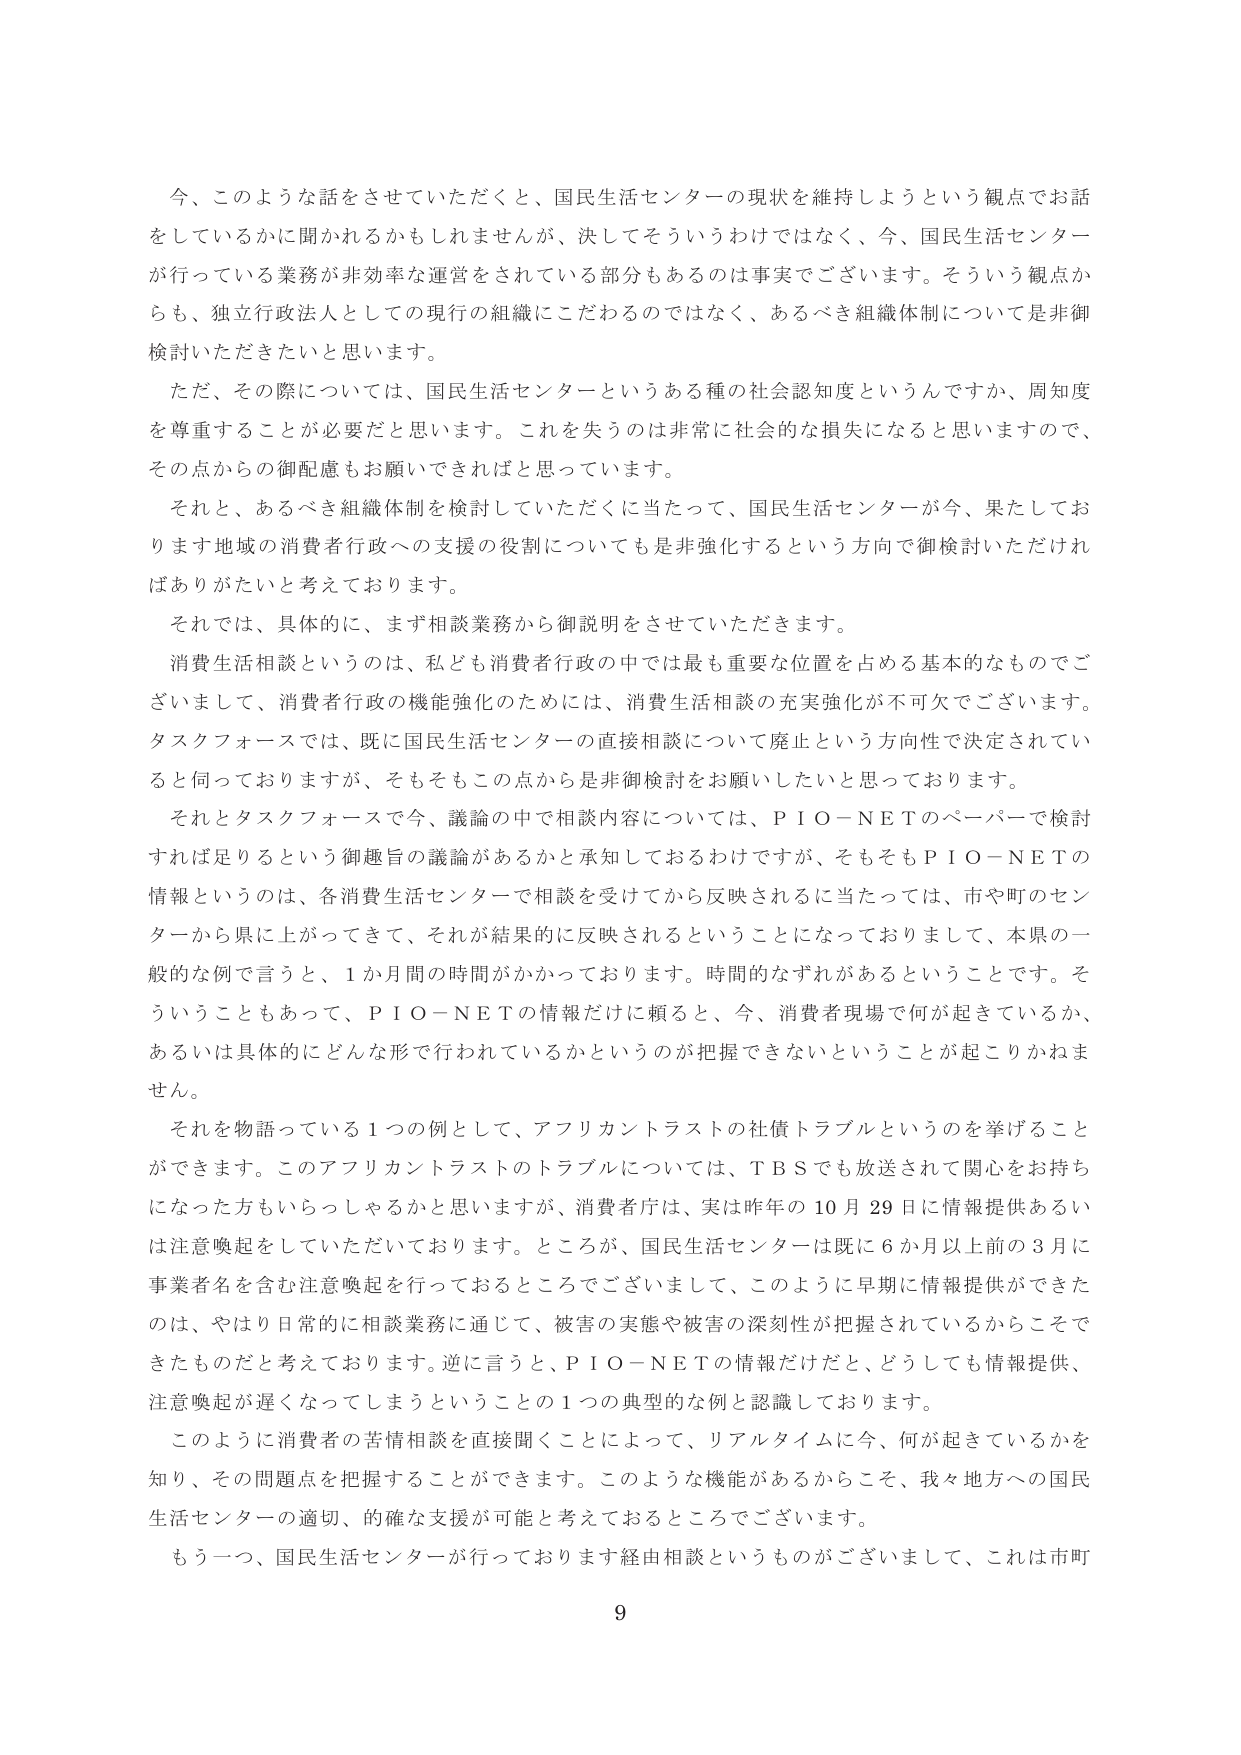
今、このような話をさせていただくと、国民生活センターの現状を維持しようという観点でお話
をしているかに聞かれるかもしれませんが、決してそういうわけではなく、今、国民生活センター
が行っている業務が非効率な運営をされている部分もあるのは事実でございます。そういう観点か
らも、独立行政法人としての現行の組織にこだわるのではなく、あるべき組織体制については是非御
検討いただきたいと思います。

ただ、その際については、国民生活センターというある種の社会認知度というんですか、周知度
を尊重することが必要だと思います。これを失うのは非常に社会的な損失になると思いますので、
その点からの御配慮もお願いできればと思っています。

それと、あるべき組織体制を検討していただくに当たって、国民生活センターが今、果たしてお
ります地域の消費者行政への支援の役割についても是非強化するという方向で御検討いただけれ
ばありがたいと考えております。

それでは、具体的に、まず相談業務から御説明をさせていただきます。

消費生活相談というのは、私ども消費者行政の中では最も重要な位置を占める基本的なものでご
ざいまして、消費者行政の機能強化のためには、消費生活相談の充実強化が不可欠でございます。
タスクフォースでは、既に国民生活センターの直接相談について廃止という方向性で決定されてい
ると伺っておりますが、そもそもこの点から是非御検討をお願いしたいと思っております。

それとタスクフォースで今、議論の中で相談内容については、ＰＩＯ－ＮＥＴのペーパーで検討
すれば足りるという御趣旨の議論があるかと承知しておるわけですが、そもそもＰＩＯ－ＮＥＴの
情報というのは、各消費生活センターで相談を受けてから反映されるに当たっては、市や町のセン
ターから県に上がってきて、それが結果的に反映されるということになっておりまして、本県の一
般的な例で言うと、１か月間の時間がかかっております。時間的なずれがあるということです。そ
ういうこともあって、ＰＩＯ－ＮＥＴの情報だけに頼ると、今、消費者現場で何が起きているか、
あるいは具体的にどんな形で行われているかというのが把握できないということが起こりかねま
せん。

それを物語っている１つの例として、アフリカントラストの社債トラブルというのを挙げること
ができます。このアフリカントラストのトラブルについては、ＴＢＳでも放送されて関心をお持ち
になった方もいらっしゃるかと思いますが、消費者庁は、実は昨年の１０月２９日に情報提供あるい
は注意喚起をしていただいております。ところが、国民生活センターは既に６か月以上前の３月に
事業者名を含む注意喚起を行っておるところでございまして、このように早期に情報提供ができた
のは、やはり日常的に相談業務に通じて、被害の実態や被害の深刻性が把握されているからこそで
きたものだと考えております。逆に言うと、ＰＩＯ－ＮＥＴの情報だけだと、どうしても情報提供、
注意喚起が遅くなってしまうというこの１つの典型的な例と認識しております。

このように消費者の苦情相談を直接聞くことによって、リアルタイムに今、何が起きているかを
知り、その問題点を把握することができます。このような機能があるからこそ、我々地方への国民
生活センターの適切、的確な支援が可能と考えておるところでございます。

もう一つ、国民生活センターが行っております経由相談というものがございまして、これは市町

9